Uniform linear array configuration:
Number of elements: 12
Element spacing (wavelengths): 1
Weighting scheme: hann
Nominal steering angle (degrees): -30
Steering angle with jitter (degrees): -29.289
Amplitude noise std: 0.05
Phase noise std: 0.05

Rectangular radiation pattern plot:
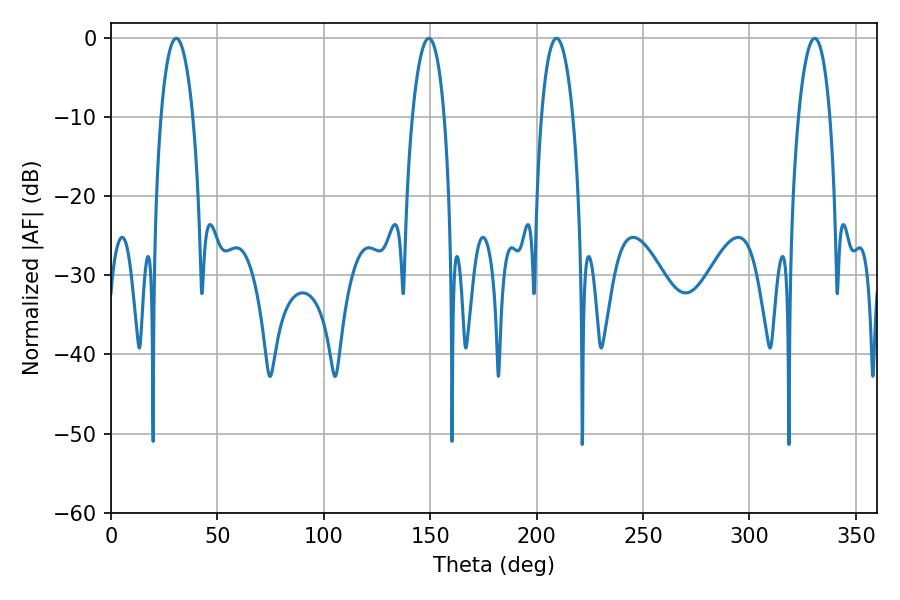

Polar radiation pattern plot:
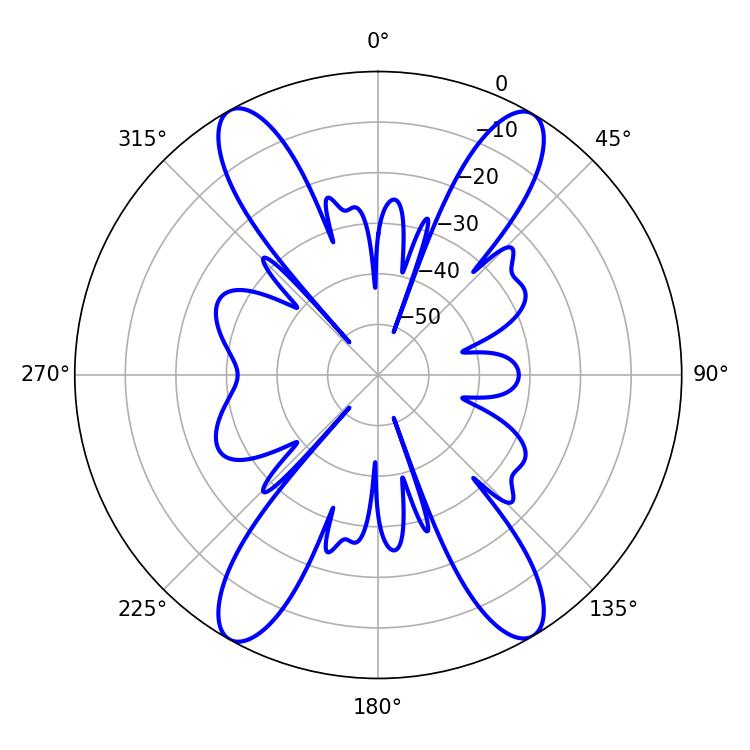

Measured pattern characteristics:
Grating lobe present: TRUE
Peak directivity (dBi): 24.074
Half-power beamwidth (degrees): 8.46
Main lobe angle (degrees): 209.34